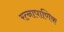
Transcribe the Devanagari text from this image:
रत्‍नापाणिक